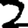
Digit: 2